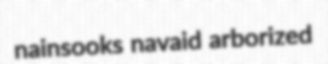
nainsooks navaid arborized